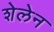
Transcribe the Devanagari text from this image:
शेलेन